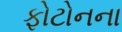
ફોટોનના